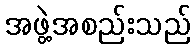
အဖွဲ့အစည်းသည်